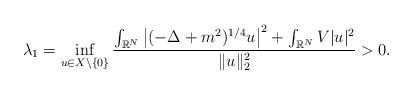
LaTeX: \begin{align*}\lambda_1 = \inf_{u \in X \setminus \{0\}} \frac{\int_{\mathbb{R}^N} \left| (-\Delta+m^2)^{1/4}u \right|^2 + \int_{\mathbb{R}^N} V |u|^2}{\|u\|_2^2}>0.\end{align*}